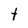
Character: t